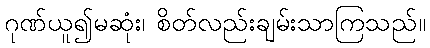
ဂုဏ်ယူ၍မဆုံး၊ စိတ်လည်းချမ်းသာကြသည်။